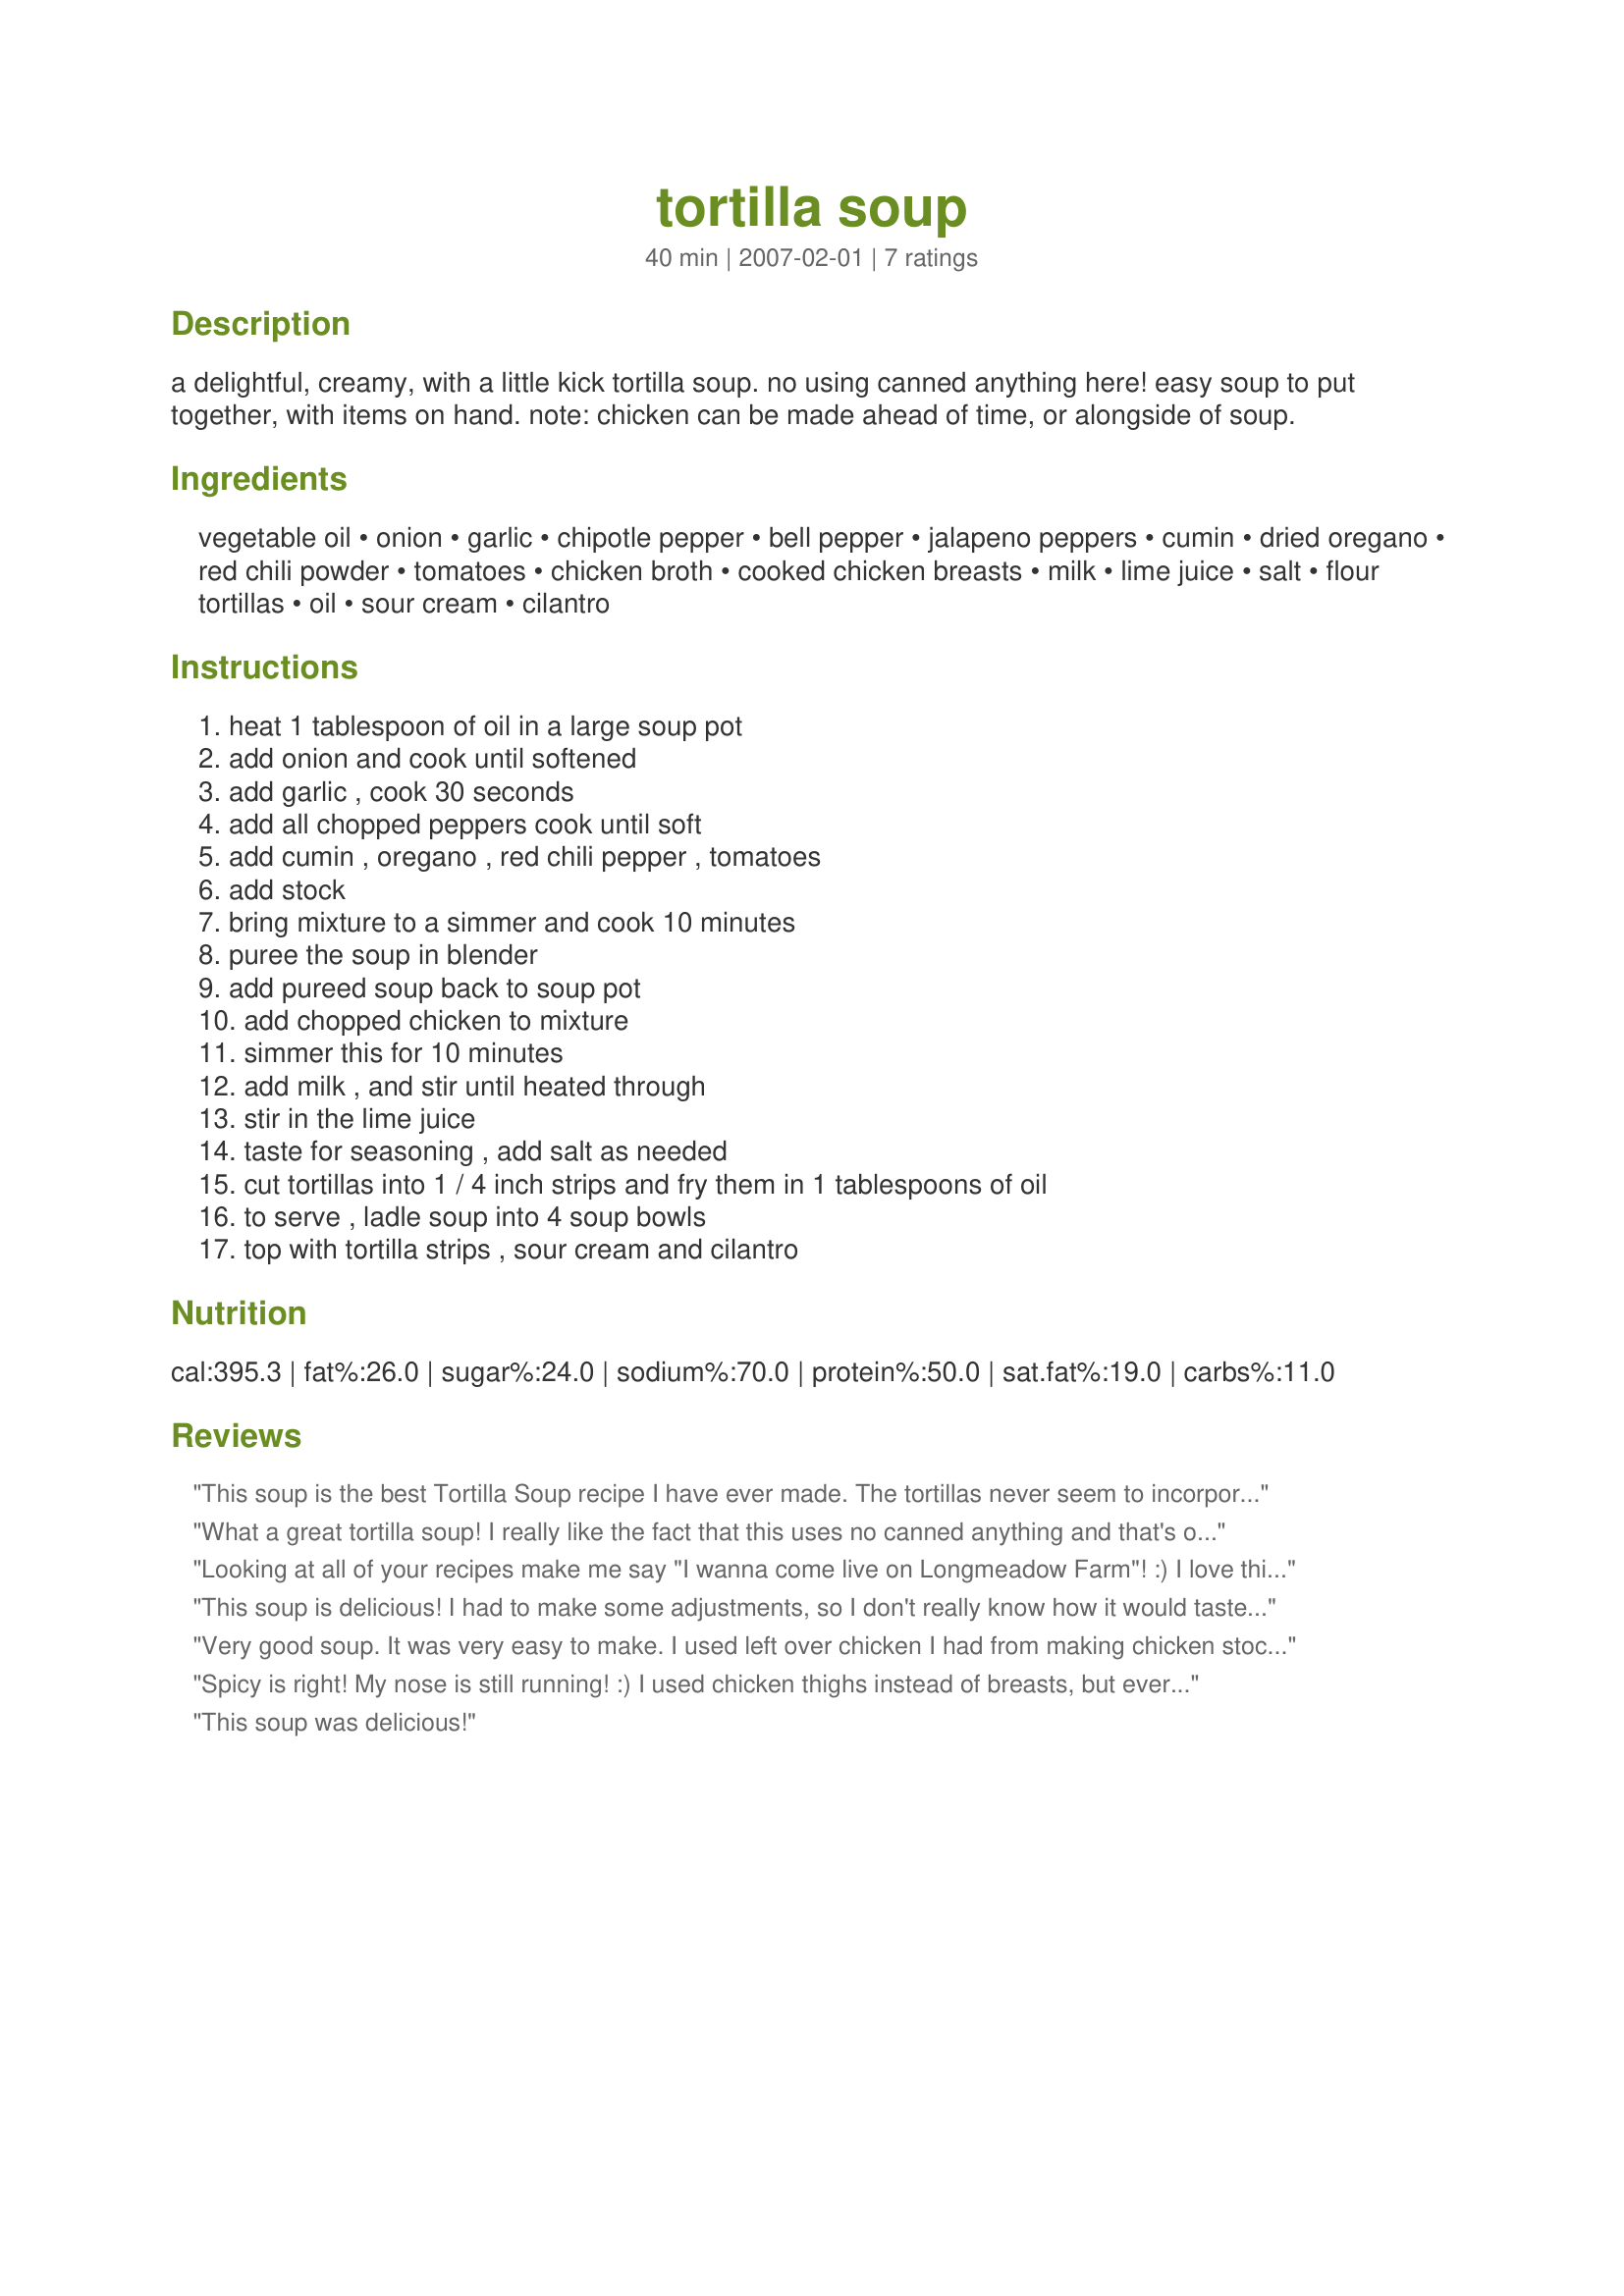
tortilla soup
Preparation time: 40 minutes

a delightful, creamy, with a little kick tortilla soup. no using canned anything here! easy soup to put together, with items on hand. note: chicken can be made ahead of time, or alongside of soup.

Ingredients:
vegetable oil, onion, garlic, chipotle pepper, bell pepper, jalapeno peppers, cumin, dried oregano, red chili powder, tomatoes, chicken broth, cooked chicken breasts, milk, lime juice, salt, flour tortillas, oil, sour cream, cilantro

Steps:
heat 1 tablespoon of oil in a large soup pot, add onion and cook until softened, add garlic , cook 30 seconds, add all chopped peppers cook until soft, add cumin , oregano , red chili pepper , tomatoes, add stock, bring mixture to a simmer and cook 10 minutes, puree the soup in blender, add pureed soup back to soup pot, add chopped chicken to mixture, simmer this for 10 minutes, add milk , and stir until heated through, stir in the lime juice, taste for seasoning , add salt as needed, cut tortillas into 1 / 4 inch strips and fry them in 1 tablespoons of oil, to serve , ladle soup into 4 soup bowls, top with tortilla strips , sour cream and cilantro

Reviews:
This soup is the best Tortilla Soup recipe I have ever made. The tortillas never seem to incorporate for me, and I am not a big fan of chunks of tomatoes, so I just use my hand blender &amp; blend it a bit before I add the chicken. My family loves it and asks for it all the time.
What a great tortilla soup! I really like the fact that this uses no canned anything and that's one of the reasons why I chose this soup to make. It is so creamy and I had everything in my kitchen already to make it. My family loved it, too! I will be making this again. Made for ZWT3 2007.
Looking at all of your recipes make me say "I wanna come live on Longmeadow Farm"! :) I love this soup!! Again, thanks!
This soup is delicious! I had to make some adjustments, so I don't really know how it would taste as written. I didn't have chipotle pepper so left it out. I only had the canned pickled variety of jalapenos. My big mistake was substituting Thai red chili flakes for the red chili powder. Our soup was nigh onto too spicey hot to eat -- and that's pretty bad considering my husband adds fresh chilies to his food. Even with these 'problems' we thought it was a great combination of fresh ingredients, and I will prepare it again -- following the recipe more closely (as ingredient availability allows.) Thanks to Andi for her excellent blend of flavors.
I've made this several times now, and we love it. Made it today for a crowd and everyone had seconds and thirds!
Very good soup. It was very easy to make. I used left over chicken I had from making chicken stock which may have been more than the two cooked breasts the recipe called for. I also added about two extra cups of stock to the soup to make it a little soupier, but this is probably because of the extra chicken I added. I also only pureed half of the soup before adding the chicken to leave it a little chunkier. I will be making this again, very good.
Spicy is right! My nose is still running! :) I used chicken thighs instead of breasts, but everything else was the same. Great soup! Made for Fall 2007 PAC.
Thanks for posting, Andi!
This soup was delicious!
